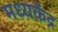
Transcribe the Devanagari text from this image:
मध्यकेंद्र